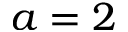
a = 2